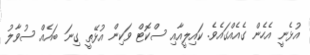
އުޅެނީ އެހެން ގެއެއްގައެވެ. ކައިލީއާއި ސްކޮޓް ވަކިން އުޅޭތީ ގިނަ ބައެއް ސުވާލު